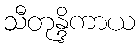
သီတုန္ဒိကာယ